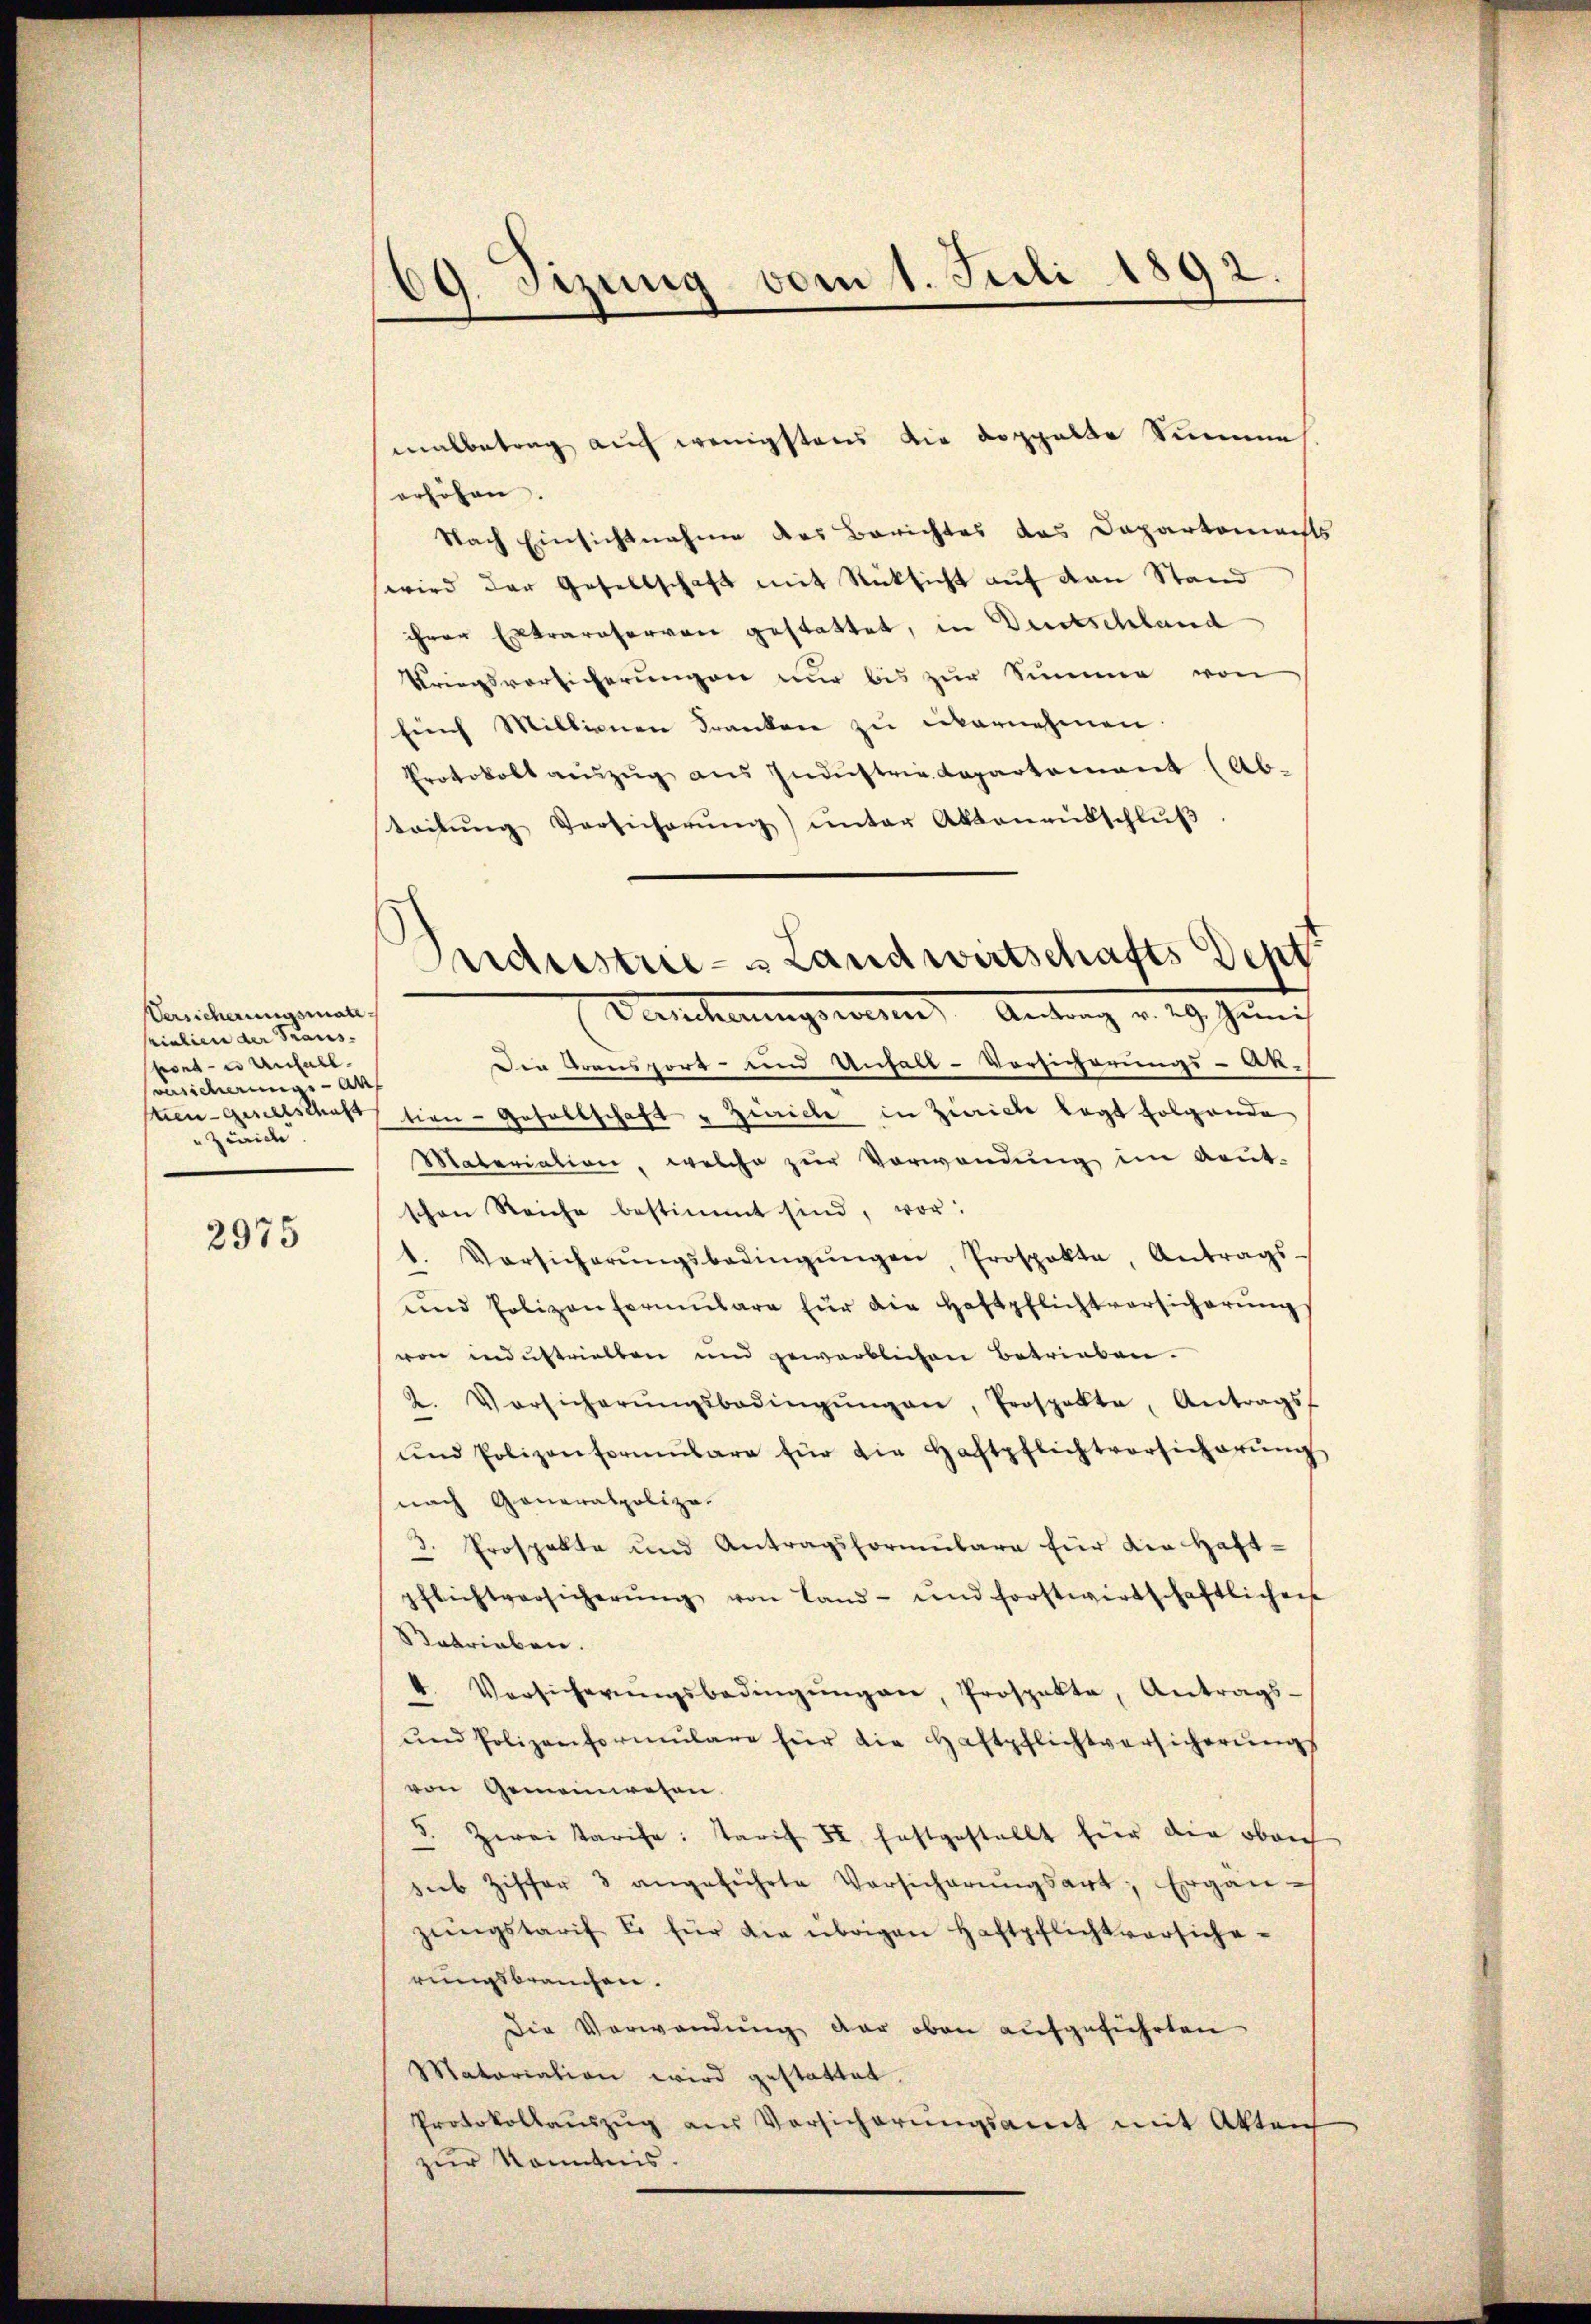
Versicherungsmatepialien der Traus-
brede Anfall
versicheren - al
en-Gesellschaft
wide

2975

gung vom 1. Juli 1892.
.

malbetrag auf wenigstens die doppelte Summe
erhöhen.
Nach Einsichtnahme des Berichtes das Departamachts
wird der Gesellschaft mit Rücksicht aŭf von Stand
ihrer Extrareservon gestattet, in Dustschland
Kriegsvorsicherungen nur bis zur Summe von
Eunch Millionen Franken zu unternehmen
Protokoll aŭszŭg aŭs Industrie Repartement (Ab-
teitŭng Versicherŭng ŭnter Aktenantschlŭβ
Die Transport- und Unfall-Vorsicherungs-Ak-
tion- Gesellschaft u Zwicke in Zürich legt folgende
Materiation, welche zŭr Verwendung im Aeut-
schen Reiche bestimmt sind, vor:
1. Vorsicherŭngsbedingŭngen, Prospekta, Antrags
und Polizen formŭlare für die Haftpflichtversicherung
von industrielben und gewerblichen Betrieben.
2. Vorsicherŭngsbedingŭngen, Prospekte, Antrags-
ŭnd Polizenformŭlare für die Haftpflichtversicherŭng
nach Generalpolize
3. Prospekte und Antragsformŭlare für die Haft-
pflichtversicherŭng von Land- und forstwirtschaftlichen
etrieben.
4. Versicherŭngsbedingŭngen, Prospekta, Antrags
und Polizenformŭlare für die Haftpflichtversicherŭngs
von Gemeinwesen.
5. Zwei Tarife: Tarif II. festgestellt für die oben
sieb Ziffer 3 angeführte Versicherŭngsart, Ergän-
zŭngstarif u. für die übrigen Haftpflichtversiche
rungsbrauchen.
Die Verwendung der oben aufgeführten
Matariation wird gestattet.
Protokollaŭszŭg aus Versicherŭngsamt mit Akten
zur Kenntnis.

Andustrie- Landwirtschafts Dept
Dencherungswesen Antrag v. 29. Juni